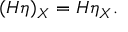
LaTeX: ( H \eta ) _ { X } = H \eta _ { X } .